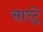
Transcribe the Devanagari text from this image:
सारट्रे